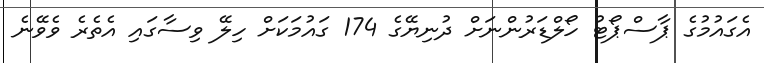
އެގައުމުގެ ޕާސްޕޯޓު ހޯލްޑަރުންނަށް ދުނިޔޭގެ 174 ގައުމަކަށް ހިލޭ ވިސާގައި އެތެރެ ވެވޭނެ